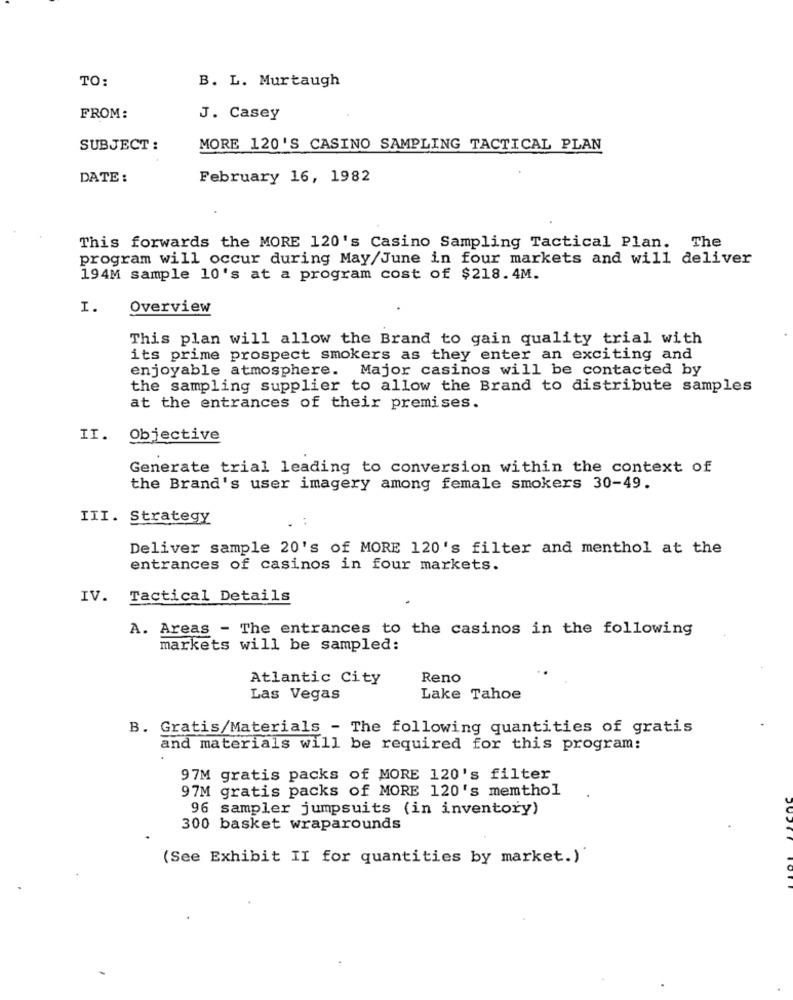
TO:
B. L. Murtaugh
FROM:
J. Casey
SUBJECT :
MORE 120'S CASINO SAMPLING TACTICAL PLAN
DATE :
February 16, 1982
This forwards the MORE 120's Casino Sampling Tactical Plan. The
program will occur during May/June in four markets and will deliver
194M sample 10's at a program cost of $218.4M.
I.
Overview
This plan will allow the Brand to gain quality trial with
its prime prospect smokers as they enter an exciting and
enjoyable atmosphere. Major casinos will be contacted by
the sampling supplier to allow the Brand to distribute samples
at the entrances of their premises.
II.
Objective
Generate trial leading to conversion within the context of
the Brand's user imagery among female smokers 30-49.
III. Strategy
Deliver sample 20's of MORE 120's filter and menthol at the
entrances of casinos in four markets.
IV. Tactical Details
A. Areas - The entrances to the casinos in the following
markets will be sampled:
Atlantic City
Reno
Las Vegas
Lake Tahoe
B. Gratis/Materials - The following quantities of gratis
and materials will be required for this program:
97M gratis packs of MORE 120's filter
97M gratis packs of MORE 120's memthol
96 sampler jumpsuits (in inventory)
300 basket wraparounds
(See Exhibit II for quantities by market.)